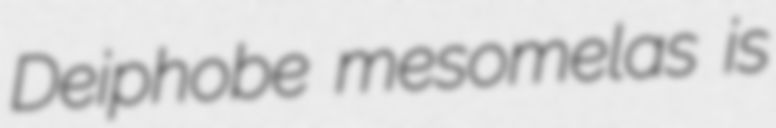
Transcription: Deiphobe mesomelas is